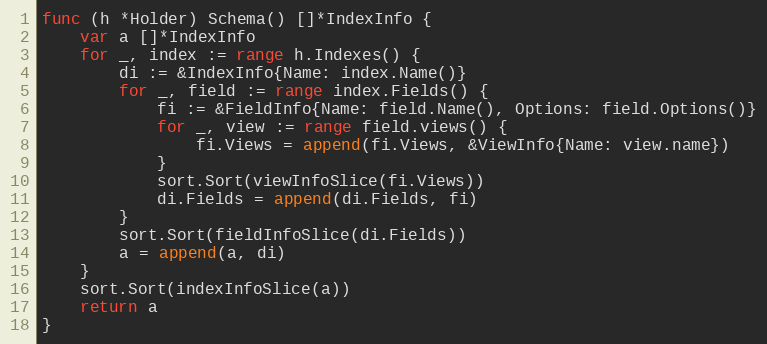
Language: Go
func (h *Holder) Schema() []*IndexInfo {
	var a []*IndexInfo
	for _, index := range h.Indexes() {
		di := &IndexInfo{Name: index.Name()}
		for _, field := range index.Fields() {
			fi := &FieldInfo{Name: field.Name(), Options: field.Options()}
			for _, view := range field.views() {
				fi.Views = append(fi.Views, &ViewInfo{Name: view.name})
			}
			sort.Sort(viewInfoSlice(fi.Views))
			di.Fields = append(di.Fields, fi)
		}
		sort.Sort(fieldInfoSlice(di.Fields))
		a = append(a, di)
	}
	sort.Sort(indexInfoSlice(a))
	return a
}